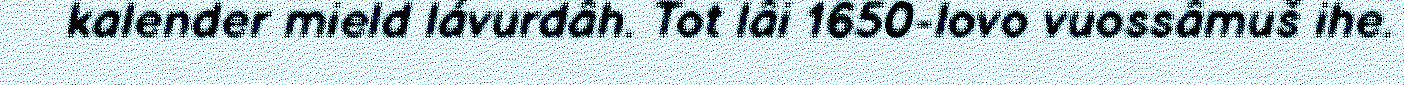
kalender mield lávurdâh. Tot lâi 1650-lovo vuossâmuš ihe.